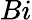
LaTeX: Bi